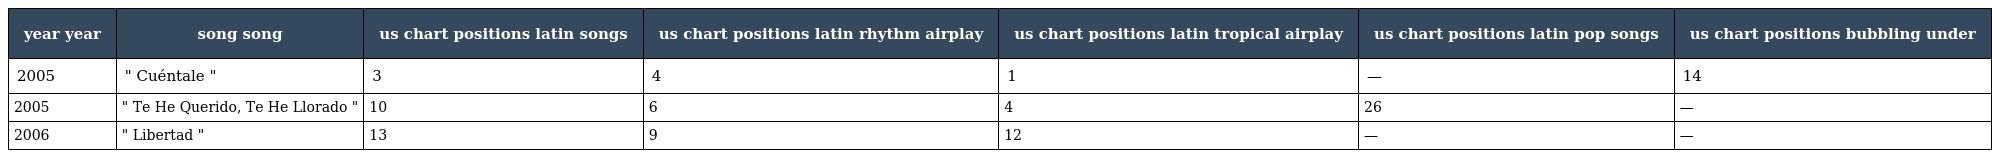
| year year | song song | us chart positions latin songs | us chart positions latin rhythm airplay | us chart positions latin tropical airplay | us chart positions latin pop songs | us chart positions bubbling under |
 | --- | --- | --- | --- | --- | --- | --- |
 | 2005 | " Cuéntale " | 3 | 4 | 1 | — | 14 |
 | 2005 | " Te He Querido, Te He Llorado " | 10 | 6 | 4 | 26 | — |
 | 2006 | " Libertad " | 13 | 9 | 12 | — | — |